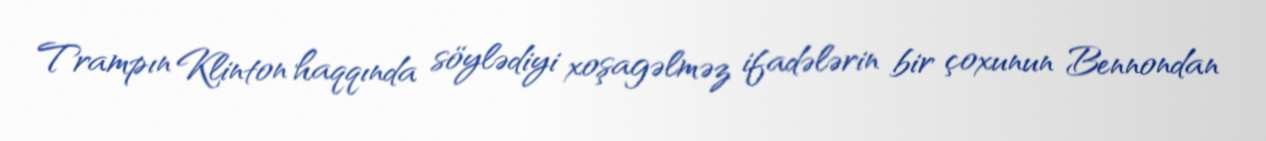
Trampın Klinton haqqında söylədiyi xoşagəlməz ifadələrin bir çoxunun Bennondan